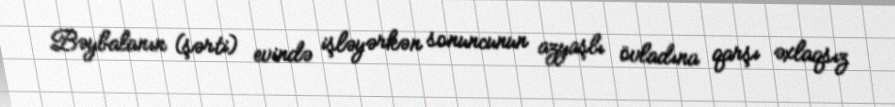
Bəybalanın (şərti) evində işləyərkən sonuncunun azyaşlı övladına qarşı əxlaqsız